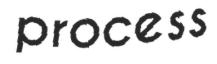
process